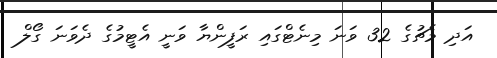
އަދި މެޗުގެ 32 ވަނަ މިނެޓްގައި ރަފީންޔާ ވަނީ އެޓީމުގެ ދެވަނަ ގޯލް